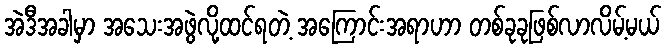
အဲဒီအခါမှာ အသေးအဖွဲလို့ထင်ရတဲ့ အကြောင်းအရာဟာ တစ်ခုခုဖြစ်လာလိမ့်မယ်